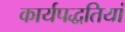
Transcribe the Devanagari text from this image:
कार्यपद्धतियां